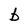
Character: b